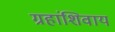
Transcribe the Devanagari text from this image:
ग्रहांशिवाय